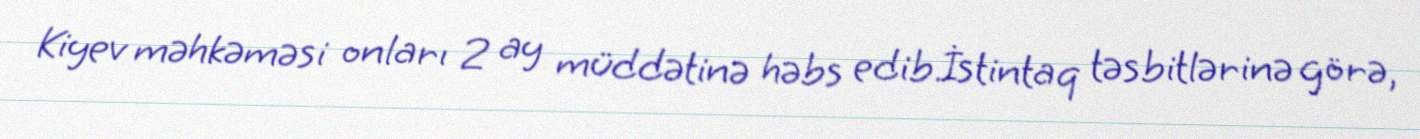
Kiyev məhkəməsi onları 2 ay müddətinə həbs edib.İstintaq təsbitlərinə görə,